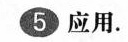
5 应用.